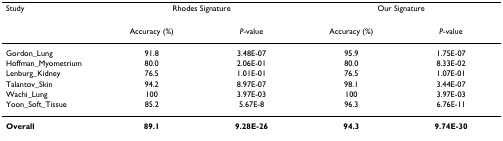
<table><thead><tr><td><b>Study</b></td><td colspan="2"><b>Rhodes Signature</b></td><td colspan="2"><b>Our Signature</b></td></tr><tr><td></td><td><b>Accuracy (%)</b></td><td><b><i>P</i>-value</b></td><td><b>Accuracy (%)</b></td><td><b><i>P</i>-value</b></td></tr></thead><tbody><tr><td>Gordon_Lung</td><td>91.8</td><td>3.48E-07</td><td>95.9</td><td>1.75E-07</td></tr><tr><td>Hoffman_Myometrium</td><td>80.0</td><td>2.06E-01</td><td>80.0</td><td>8.33E-02</td></tr><tr><td>Lenburg_Kidney</td><td>76.5</td><td>1.01E-01</td><td>76.5</td><td>1.07E-01</td></tr><tr><td>Talantov_Skin</td><td>94.2</td><td>8.97E-07</td><td>98.1</td><td>3.44E-07</td></tr><tr><td>Wachi_Lung</td><td>100</td><td>3.97E-03</td><td>100</td><td>3.97E-03</td></tr><tr><td>Yoon_Soft_Tissue</td><td>85.2</td><td>5.67E-8</td><td>96.3</td><td>6.76E-11</td></tr><tr><td><b>Overall</b></td><td><b>89.1</b></td><td><b>9.28E-26</b></td><td><b>94.3</b></td><td><b>9.74E-30</b></td></tr></tbody></table>